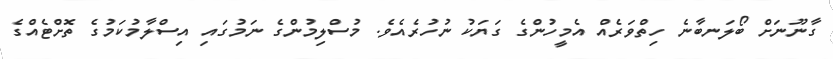
ގާނޫނަށް ބޯލަނބާނެ ހިތްވަރެއް އެމީހުންގެ ގަޔަކު ނުހުރެއެވެ. މުސްލިމުންގެ ނަމުގައި އިސްލާމުކަމުގެ ތޮށްޓެއްގެ